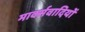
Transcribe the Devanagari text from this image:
मार्क्सवादियों